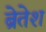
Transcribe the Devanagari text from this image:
ब्रेतेश